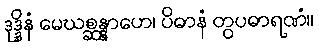
ဒုဒ္ဒိနံ မေဃစ္ဆန္နာဟေ၊ ပိဓာနံ တွပဓာရဏံ။